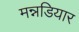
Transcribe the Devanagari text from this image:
मन्नडियार